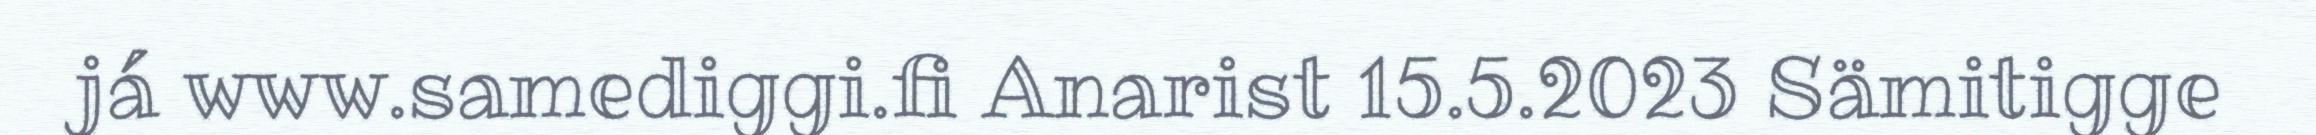
já www.samediggi.fi Anarist 15.5.2023 Sämitigge